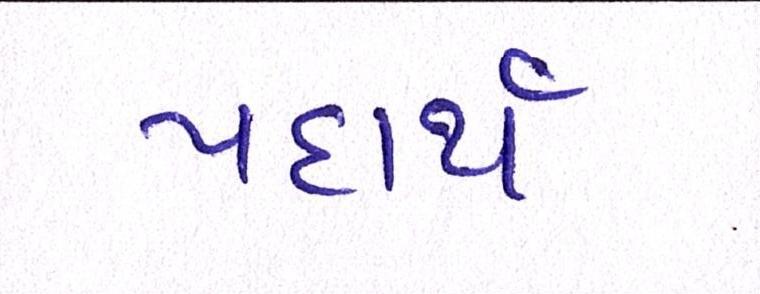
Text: પદાર્થ